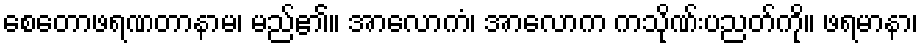
စေတောဖရဏတာနာမ၊ မည်၏။ အာလောကံ၊ အာလောက ကသိုဏ်းပညတ်ကို။ ဖရမာနာ၊